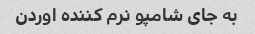
به جای شامپو نرم کننده اوردن